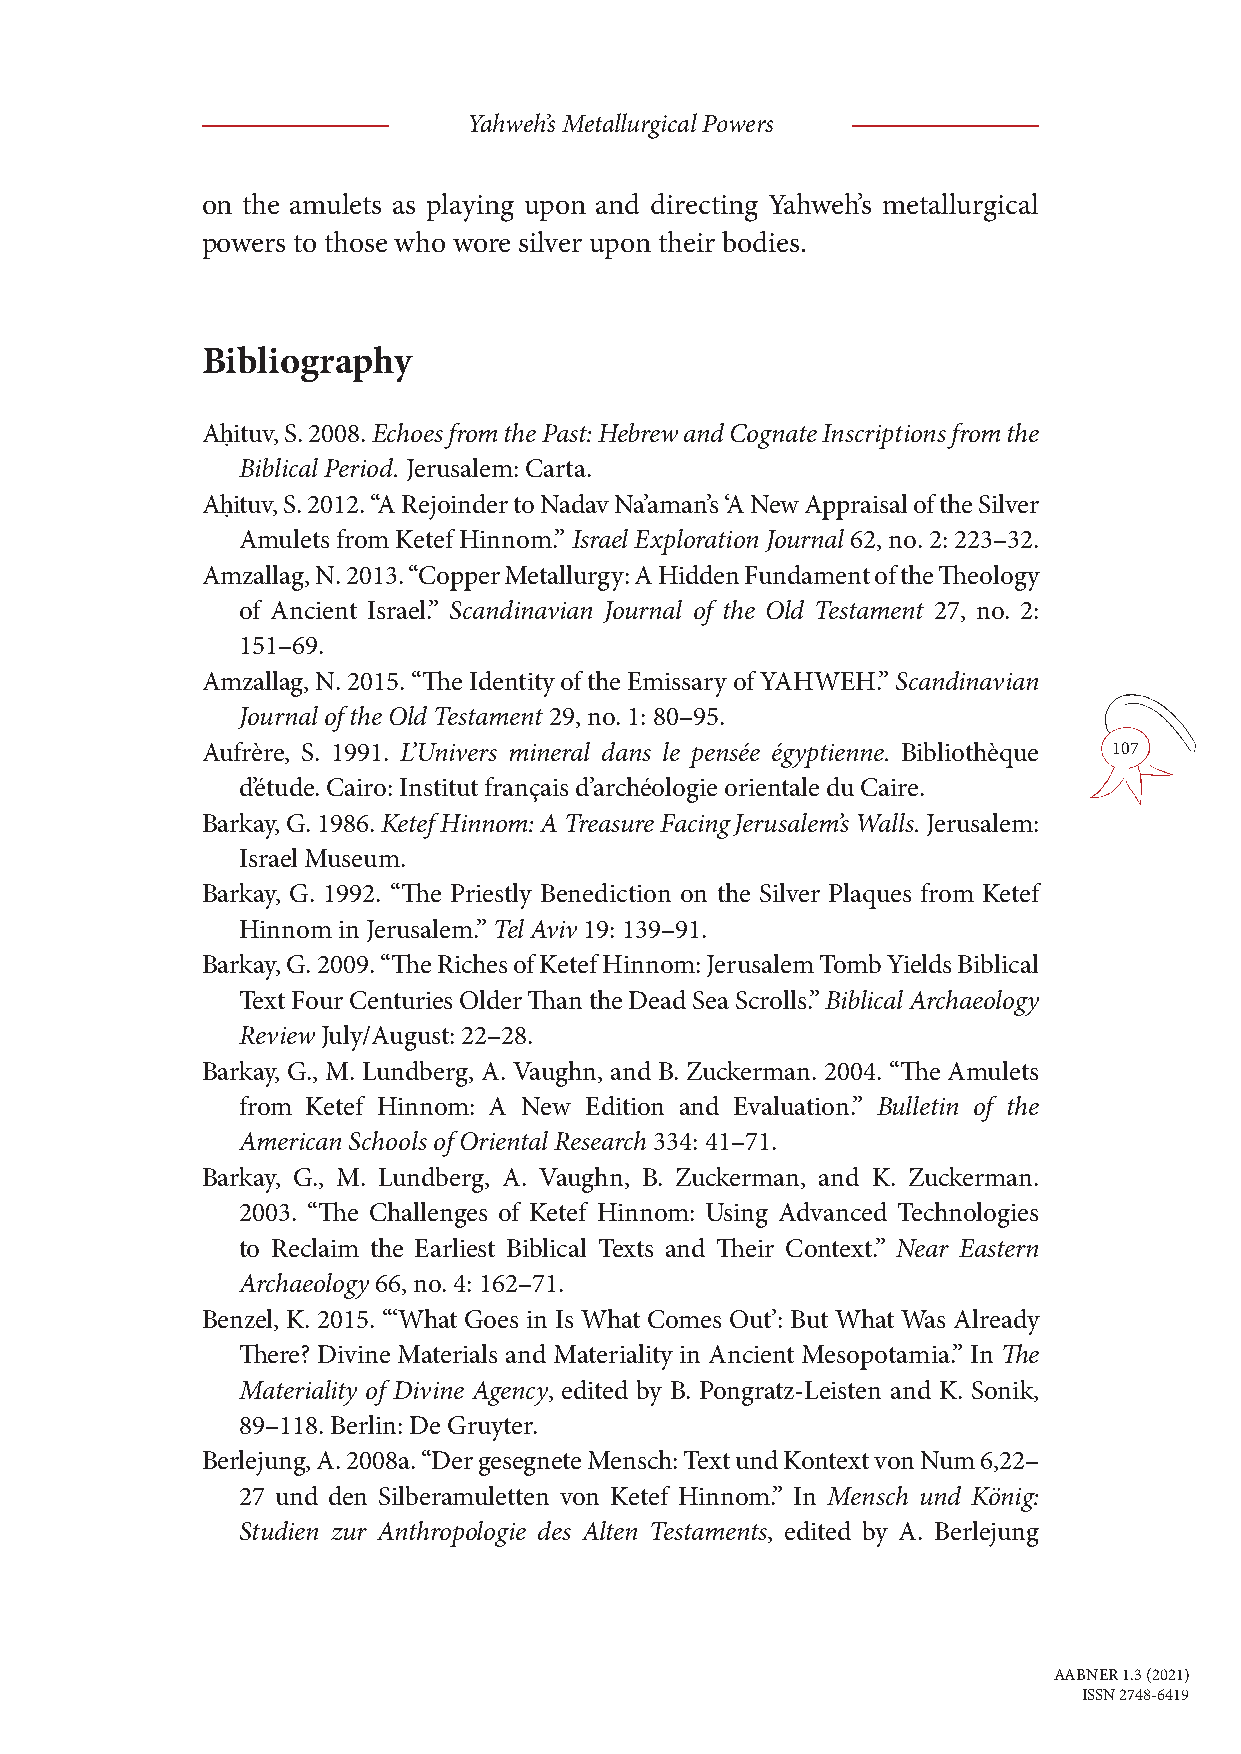
Yahweh’s Metallurgical Powers
 on the amulets as playing upon and directing Yahweh’s metallurgical
 powers to those who wore silver upon their bodies.
 Bibliography
 Aḥituv, S. 2008. Echoes from the Past: Hebrew and Cognate Inscriptions from the
 Biblical Period. Jerusalem: Carta.
 Aḥituv, S. 2012. “A Rejoinder to Nadav Na’aman’s ‘A New Appraisal of the Silver
 Amulets from Ketef Hinnom.” Israel Exploration Journal 62, no. 2: 223–32.
 Amzallag, N. 2013. “Copper Metallurgy: A Hidden Fundament of the Theology
 of Ancient Israel.” Scandinavian Journal of the Old Testament 27, no. 2:
 151–69.
 Amzallag, N. 2015. “The Identity of the Emissary of YAHWEH.” Scandinavian
 Journal of the Old Testament 29, no. 1: 80–95.
 Aufrère, S. 1991. L’Univers mineral dans le pensée égyptienne. Bibliothèque 107
 d’étude. Cairo: Institut français d’archéologie orientale du Caire.
 Barkay, G. 1986. Ketef Hinnom: A Treasure Facing Jerusalem’s Walls. Jerusalem:
 Israel Museum.
 Barkay, G. 1992. “The Priestly Benediction on the Silver Plaques from Ketef
 Hinnom in Jerusalem.” Tel Aviv 19: 139–91.
 Barkay, G. 2009. “The Riches of Ketef Hinnom: Jerusalem Tomb Yields Biblical
 Text Four Centuries Older Than the Dead Sea Scrolls.” Biblical Archaeology
 Review July/August: 22–28.
 Barkay, G., M. Lundberg, A. Vaughn, and B. Zuckerman. 2004. “The Amulets
 from Ketef Hinnom: A New Edition and Evaluation.” Bulletin of the
 American Schools of Oriental Research 334: 41–71.
 Barkay, G., M. Lundberg, A. Vaughn, B. Zuckerman, and K. Zuckerman.
 2003. “The Challenges of Ketef Hinnom: Using Advanced Technologies
 to Reclaim the Earliest Biblical Texts and Their Context.” Near Eastern
 Archaeology 66, no. 4: 162–71.
 Benzel, K. 2015. “‘What Goes in Is What Comes Out’: But What Was Already
 There? Divine Materials and Materiality in Ancient Mesopotamia.” In The
 Materiality of Divine Agency, edited by B. Pongratz-Leisten and K. Sonik,
 89–118. Berlin: De Gruyter.
 Berlejung, A. 2008a. “Der gesegnete Mensch: Text und Kontext von Num 6,22–
 27 und den Silberamuletten von Ketef Hinnom.” In Mensch und König:
 Studien zur Anthro pologie des Alten Testaments, edited by A. Berlejung
 AABNER 1.3 (2021)
 ISSN 2748-6419